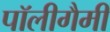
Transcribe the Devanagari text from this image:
पॉलीगैमी